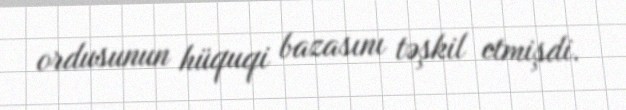
ordusunun hüquqi bazasını təşkil etmişdi.